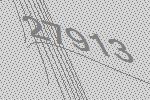
27913